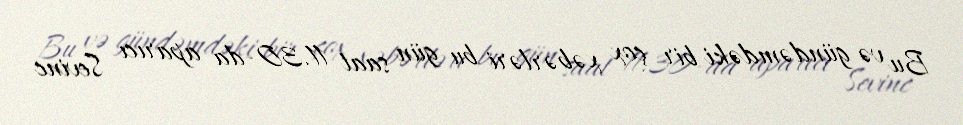
Bu və gündəmdəki bir çox xəbərləri bu gün saat 11.30-da aparıcı Sevinc